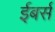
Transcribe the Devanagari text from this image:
ईबर्स